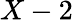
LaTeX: X-2